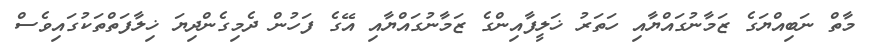
މާތް ނަބިއްޔަގެ ޒަމާނުގައްޔާއި ހަތަރު ޚަލީފާއިންގެ ޒަމާނުގައްޔާއި އޭގެ ފަހުން ދެމިގެންދިޔަ ޚިލާފަތްތަކުގައިވެސް